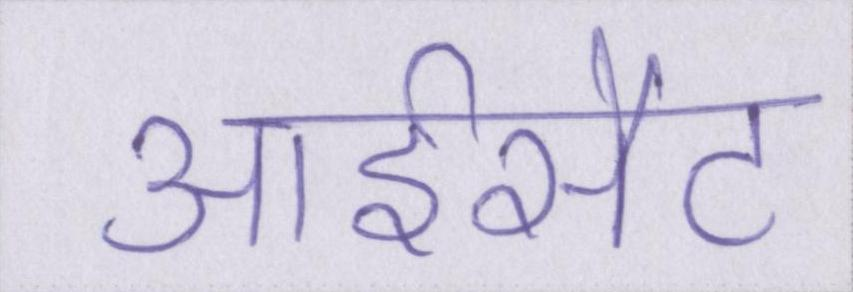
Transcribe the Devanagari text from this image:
आईसैट